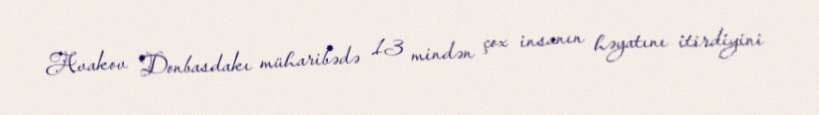
Avakov Donbasdakı müharibədə 13 mindən çox insanın həyatını itirdiyini